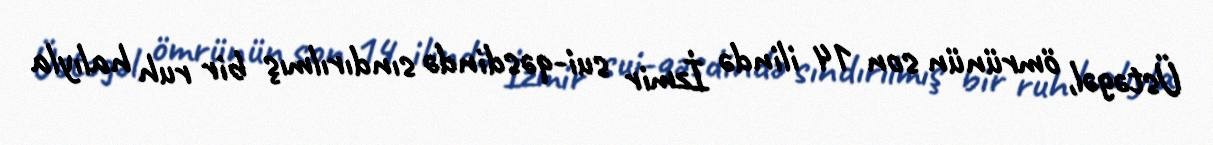
Üstəgəl, ömrünün son 14 ilində İzmir sui-qəsdində sındırılmış bir ruh halıyla